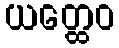
ယတ္ထေဝ